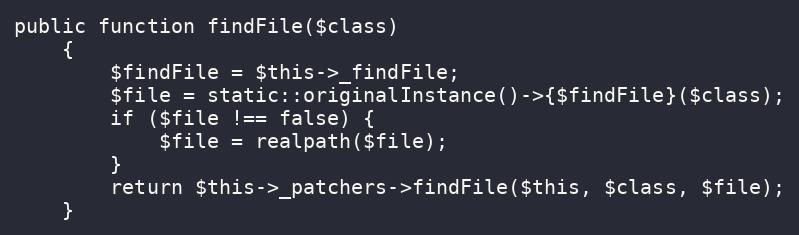
Language: PHP
public function findFile($class)
    {
        $findFile = $this->_findFile;
        $file = static::originalInstance()->{$findFile}($class);
        if ($file !== false) {
            $file = realpath($file);
        }
        return $this->_patchers->findFile($this, $class, $file);
    }